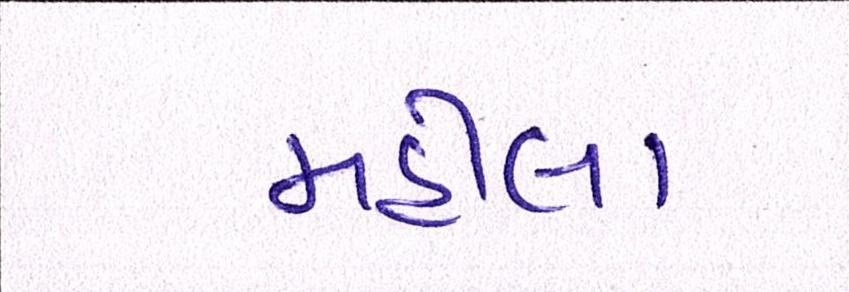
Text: મહીલા